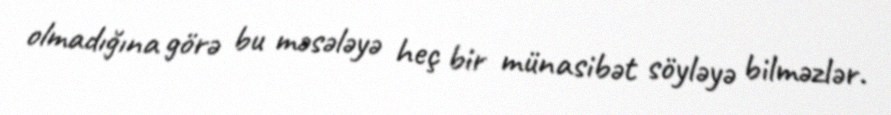
olmadığına görə bu məsələyə heç bir münasibət söyləyə bilməzlər.